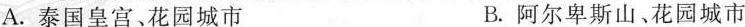
A.泰国皇宫、花园城市 B.阿尔卑斯山、花园城市